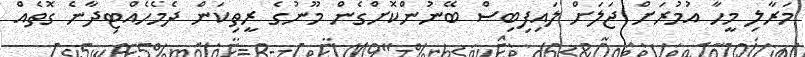
މަރާލި މީހާ އުމުރަށް ޖަލަށް ލައިފިބިސް ބޭނުންކޮށްގެން މޫނުގެ ރީތިކަން ދެމެހެއްޓިދާނެ ގޮތެއް